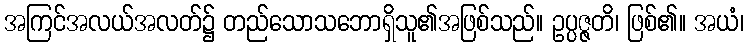
အကြင်အလယ်အလတ်၌ တည်သောသဘောရှိသူ၏အဖြစ်သည်။ ဥပ္ပဇ္ဇတိ၊ ဖြစ်၏။ အယံ၊